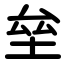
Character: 垒